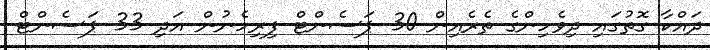
ދައްކާ ގޮތުގައި ދިވެހިންގެ ތެރެއިން 30 ޕަސެންޓް ފިރިހެނުން އަދި 33 ޕަސެންޓް